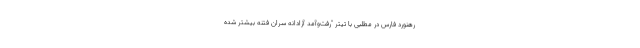
رهنورد فارس در مطلبی با تیتر "رفت‌وآمد آزادانه سران فتنه بیشتر شده